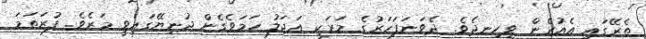
ތެރޭގައި އެއުރެން ވީހިނދެވެ. ދެވަނަފަހަރުގެ މަރަކީ އަޖަލު ހަމަވެގެން ދުނިޔޭގައިވީ މަރެވެ. ފުރަތަމަ